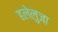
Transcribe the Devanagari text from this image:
हलेलुजा